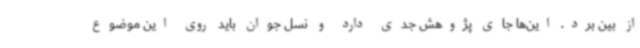
از بین برد. این‌ها جای پژوهش جدی دارد و نسل جوان باید روی این موضوع